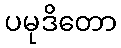
ပမုဒိတော